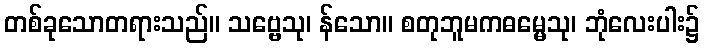
တစ်ခုသောတရားသည်။ သဗ္ဗေသု၊ န်သော။ စတုဘူမကဓမ္မေသု၊ ဘုံလေးပါး၌